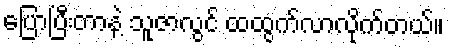
ပြောပြီးတာနဲ့ သူဇာလွင် ထထွက်လာလိုက်တယ်။